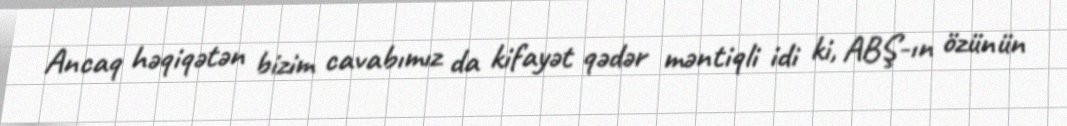
Ancaq həqiqətən bizim cavabımız da kifayət qədər məntiqli idi ki, ABŞ-ın özünün